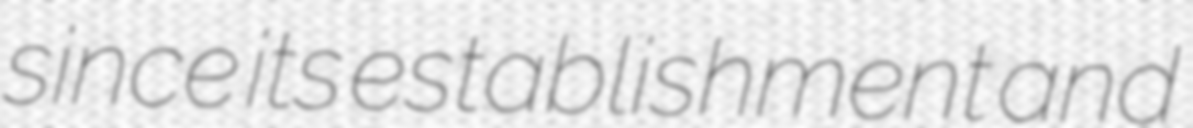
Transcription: since its establishment and